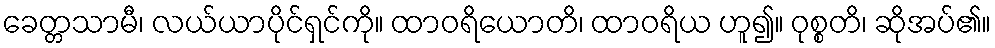
ခေတ္တသာမီ၊ လယ်ယာပိုင်ရှင်ကို။ ထာဝရိယောတိ၊ ထာဝရိယ ဟူ၍။ ဝုစ္စတိ၊ ဆိုအပ်၏။